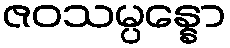
ဇဝသမ္ပန္နော